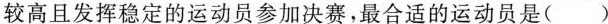
较高且发挥稳定的运动员参加决赛，最合适的运动员是()